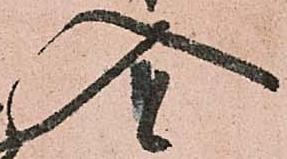
入